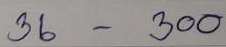
36 - 300